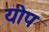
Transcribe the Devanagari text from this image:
योप